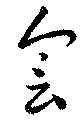
会